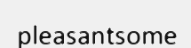
pleasantsome